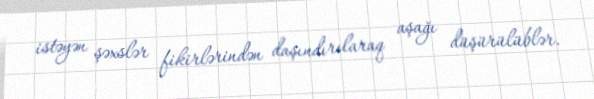
istəyən şəxslər fikirlərindən daşındırılaraq aşağı düşürülüblər.